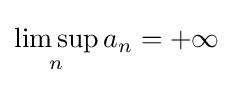
\limsup _{n}a_{n}=+\infty